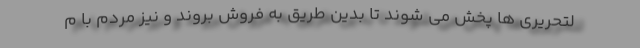
لتحریری ها پخش می شوند تا بدین طریق به فروش بروند و نیز مردم با م